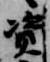
資